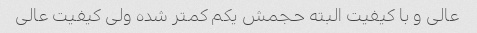
عالی و با کیفیت البته حجمش یکم کمتر شده ولی کیفیت عالی